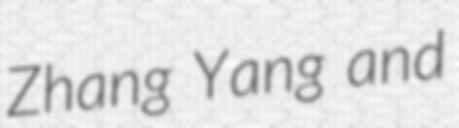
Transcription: Zhang Yang and